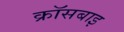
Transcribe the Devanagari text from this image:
क्रॉसबाइ